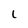
Character: L